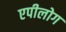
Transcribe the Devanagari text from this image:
एपीलोग